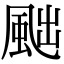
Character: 𩖷